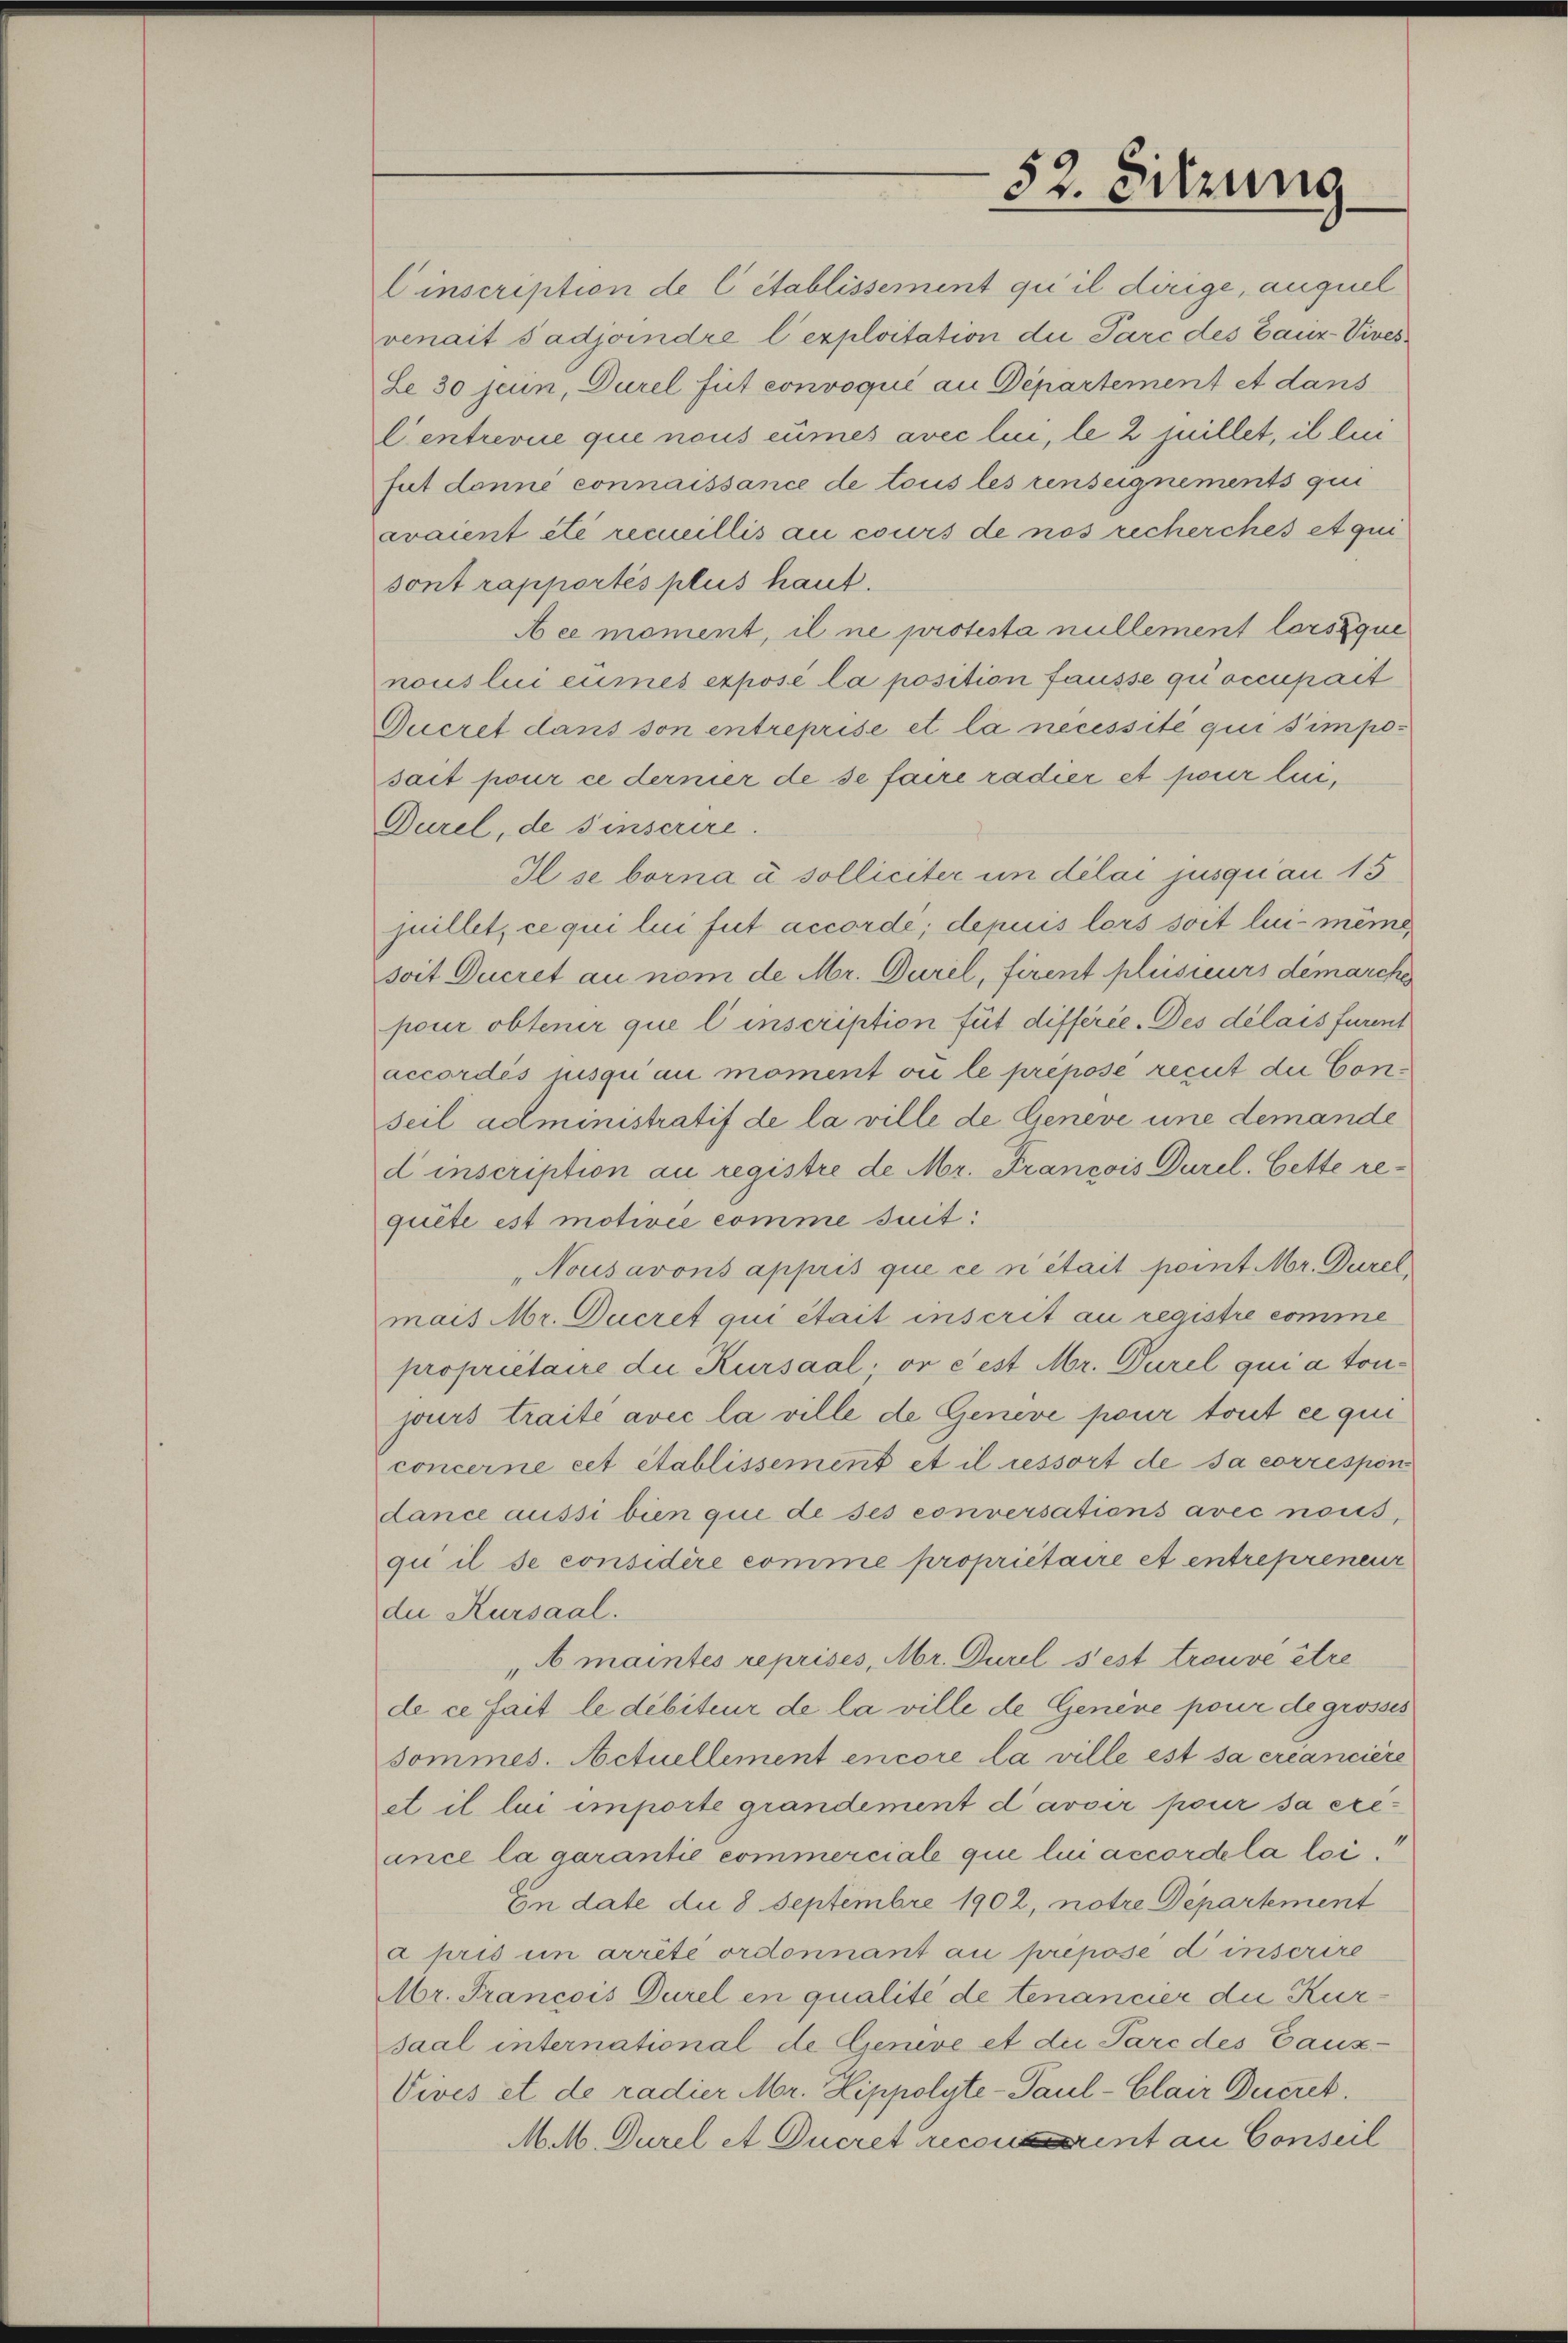
Einscription de C établissement qui il dirige, auquel
venait sadjoindre l’exploitation die Parc des Bauz-Vives¬

52. Sitzung

Le 30 jeun, Durel fut convoqué au Departement et dans
Centrevue que nous cumés avec lui, le 2 juillet, il lui
fut danne connaissance de tous les renseignements qui
eraient été recueillis au cours de nos recherches et qui
sont rapportés plus haut.
Aee moment, il ne protesta nullement lorsque
nous lui eumes expose la position fausse quoccupait
Ducret dans son entreprise et la necessité qui simposait pour ce dernier de se faire radier et pour lui¬
Durel, de sinscrire.
Ilse borna e solliciter in dilai jusqu’au 15
juillet, ce qui lui fut accorde; depuis lors soit lui-même
soit Ducret au nom de Mr. Durel, firent plusieurs demarche
pour obtenir que l’inscription für differie. Des délais furent
accordés jusqu’au moment ou le prepose recit die Conseil administratif de la ville de Geneve une demande
d inscription au registre de Mr. Francois Durel. Cette re-
quite est motivie comme suit:
Nousavons appris que ce n’était point Mr. Durel
mais Mr. Ducret qui était inscrit au registre comme
proprietaire die Kursaal; or e est Mr. Durel qui a toujours traité avec la ville de Geneve pour tout ce qui
concerne cet établissement et il ressort de sa correspon
dance aussi bien que de ses conversations avec nous,
qui il se considère comme propriétaire et entrepreneur
die Kursaal.
" maintes reprises, Mr. Durel s’est trouve être
de ce fait le débiteur de la ville de Genève pour degrosses
sommes. Actuellement encore la ville est sa créanciere
et il lui importe grandement d’avoir pour sa ereance la garantie commerciale que lui accordela loi¬
En date die 8 Septembre 1902, notre Departement
a pris in arrêté ordonnant au prepose d’inscrire
Mr. Francois Durel en qualité de tenancier die Kursaal international de Geneve et die Parc des Gaux-
Vives et de radier Mr. Lippolyte-Paul-Clair Duczek
M. M. Durel et Ducres recourent an Conseil